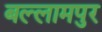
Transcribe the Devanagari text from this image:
बल्लामपुर